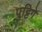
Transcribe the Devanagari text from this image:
पुट्टिगे